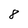
Character: 8